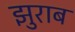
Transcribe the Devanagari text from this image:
झुराब